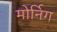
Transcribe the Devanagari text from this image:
मोर्निग